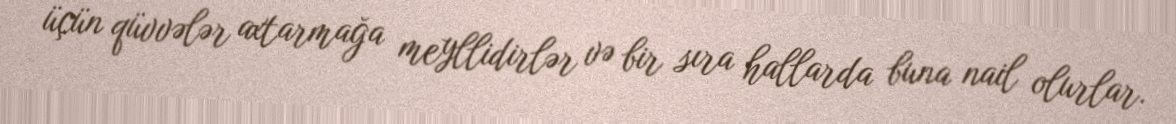
üçün qüvvələr axtarmağa meyllidirlər və bir sıra hallarda buna nail olurlar.